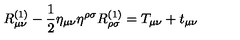
R _ { \mu \nu } ^ { ( 1 ) } - \frac { 1 } { 2 } \eta _ { \mu \nu } \eta ^ { \rho \sigma } R _ { \rho \sigma } ^ { ( 1 ) } = T _ { \mu \nu } + t _ { \mu \nu }